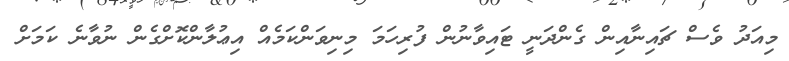
މިއަދު ވެސް ޗައިނާއިން ގެންދަނީ ޓައިވާނުން ފުރިހަމަ މިނިވަންކަމެއް އިޢުލާންކޮށްގެން ނުވާނެ ކަމަށް